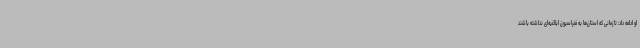
او ادامه داد: تا زمانی که استان‌ها به فدراسیون ابلاغیه‌ای نداشته باشند